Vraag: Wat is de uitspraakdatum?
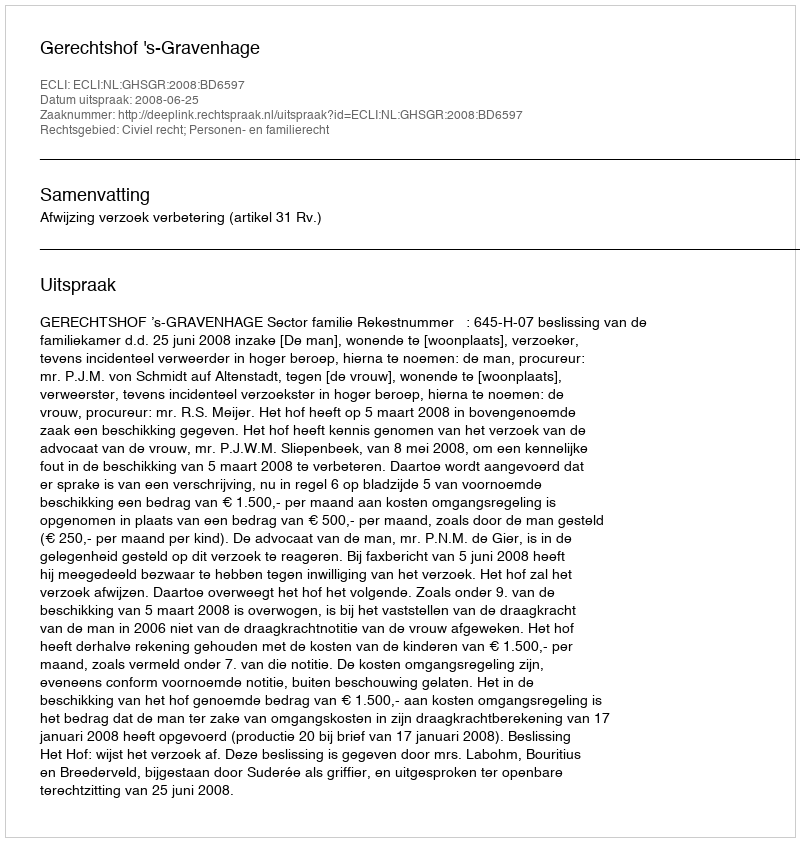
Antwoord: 2008-06-25